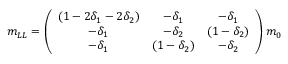
m _ { L L } = \left( \begin{array} { c c c } { { ( 1 - 2 \delta _ { 1 } - 2 \delta _ { 2 } ) } } & { { - \delta _ { 1 } } } & { { - \delta _ { 1 } } } \\ { { - \delta _ { 1 } } } & { { - \delta _ { 2 } } } & { { ( 1 - \delta _ { 2 } ) } } \\ { { - \delta _ { 1 } } } & { { ( 1 - \delta _ { 2 } ) } } & { { - \delta _ { 2 } } } \end{array} \right) m _ { 0 }